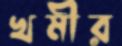
খমীর